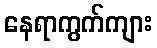
နေရာကွက်ကျား